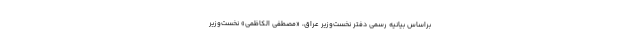
براساس بیانیه رسمی دفتر نخست‌وزیر عراق، «مصطفی الکاظمی» نخست‌وزیر